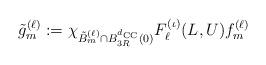
LaTeX: \begin{align*}\tilde g_{m}^{(\ell)}:= \chi_{\tilde B_m^{(\ell)}\cap B_{3R}^{d_{\mathrm{CC}}}(0)} F_\ell^{(\iota)}(L,U) f_{m}^{(\ell)}\end{align*}